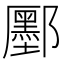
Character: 𫑮